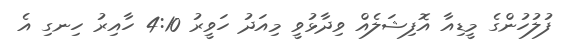
ފުލުހުންގެ މީޑިއާ އޮފިޝަލެއް ވިދާޅުވީ މިއަދު ހަވީރު 4:10 ހާއިރު ހިނގި އެ